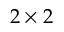
2 \times 2